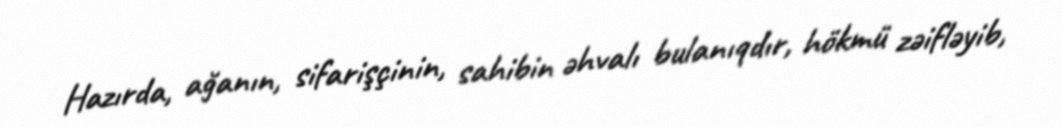
Hazırda, ağanın, sifarişçinin, sahibin əhvalı bulanıqdır, hökmü zəifləyib,